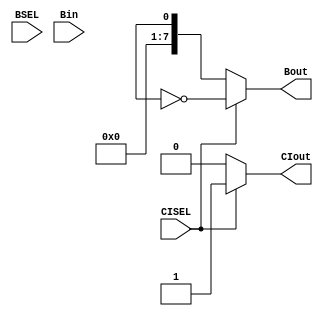
module muxADD(CISEL, CIout, BSEL, Bout, Bin);
  
  // inputs
  input  CISEL;
  input  BSEL;
  input  [7:0] Bin;
  
  // outputs
  output CIout;
  output [7:0] Bout;

  // MUX LOGIC:
  //   if   CISEL == 0 => CIout = 0
  //   else            => CIout = 1
  assign CIout = (CISEL == 1'b0) ? 1'b0 : 1'b1;
  
  // 	 if   BSEL  == 1 => Bout = ~B
  //   else				  => Bout = B
  assign Bout = (CISEL == 1'b1) ? ~B : B;
  
endmodule